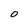
Character: 0